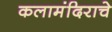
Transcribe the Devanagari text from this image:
कलामंदिराचे